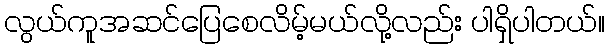
လွယ်ကူအဆင်ပြေစေလိမ့်မယ်လို့လည်း ပါရှိပါတယ်။